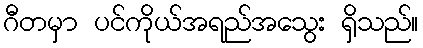
ဂီတမှာ ပင်ကိုယ်အရည်အသွေး ရှိသည်။